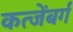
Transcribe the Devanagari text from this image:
कत्जेंबर्ग